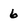
Character: 6